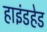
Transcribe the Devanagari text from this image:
हाइंडहेड